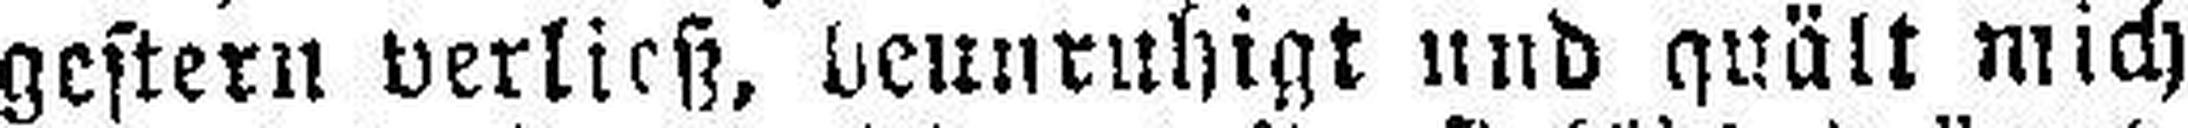
gestern verließ, beunruhigt und quält mich